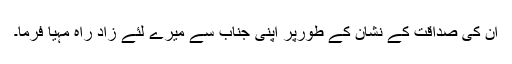
اُن کی صداقت کے نشان کے طورپر اپنی جناب سے میرے لئے زادِ راہ مہیا فرما۔